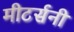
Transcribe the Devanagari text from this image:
मीटर्सनी